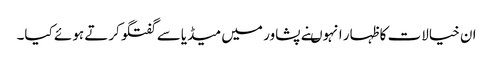
ان خیالات کا ظہار انہوںنے پشاور میں میڈیاسے گفتگوکرتے ہوئے کیا۔